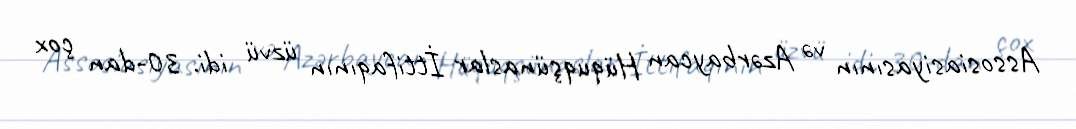
Assosiasiyasının və Azərbaycan Hüquqşünaslar İttifaqının üzvü idi. 30-dan çox